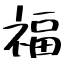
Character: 福